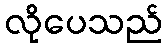
လိုပေသည်